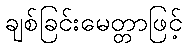
ချစ်ခြင်းမေတ္တာဖြင့်